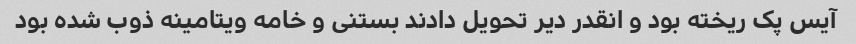
آیس پک ریخته بود و انقدر دیر تحویل دادند بستنی و خامه ویتامینه ذوب شده بود